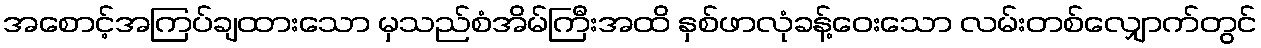
အစောင့်အကြပ်ချထားသော မှသည်စံအိမ်ကြီးအထိ နှစ်ဖာလုံခန့်ဝေးသော လမ်းတစ်လျှောက်တွင်